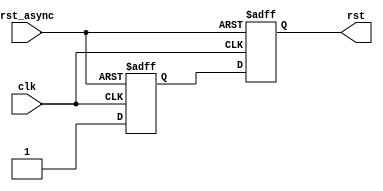
//
// Module CatRecognizer2020_lib.async_reset_sync
//
// Created:
//          by - eshelga.UNKNOWN (L118W111)
//          at - 23:15:06 12/26/2019
//
// Generated by Mentor Graphics HDL Designer(TM) 2019.2 (Build 5)
//

`resetall
`timescale 1ns/10ps
module async_resetFFstyle2 (
  input  wire   clk,   //clk
  input wire    rst_async, // non synchrnized reset
  output reg    rst //synchyronized reset
  );

  reg rff1;                                   //synchrnization flip flop
  // testing 123
  always @(posedge clk or negedge rst_async)  //main proce
  begin :sync_proc 
    if (!rst_async) //reset 
      {rst,rff1} <= 2'b0;  //reset the ff
    else 
      {rst,rff1} <= {rff1,1'b1}; //set the ff
  end
endmodule